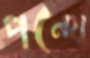
পন্থে